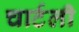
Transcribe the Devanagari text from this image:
चार्टली